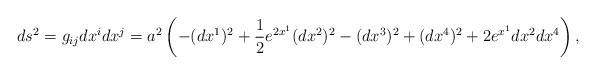
LaTeX: \begin{align*}ds^2=g_{ij}dx^i dx^j=a^2 \left( -(dx^1)^2 + \frac{1}{2}e^{2x^1}(dx^2)^2 - (dx^3)^2 + (dx^4)^2 + 2e^{x^1}dx^2 dx^4 \right), \end{align*}